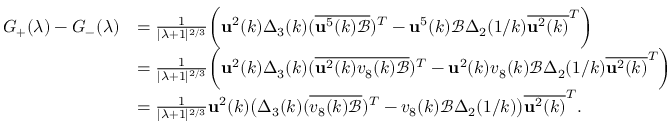
\begin{array} { r l } { G _ { + } ( \lambda ) - G _ { - } ( \lambda ) } & { = \frac { 1 } { | \lambda + 1 | ^ { 2 / 3 } } \bigg ( \mathbf { u } ^ { 2 } ( k ) \Delta _ { 3 } ( k ) ( \overline { { \mathbf { u } ^ { 5 } ( k ) \mathcal { B } } } ) ^ { T } - \mathbf { u } ^ { 5 } ( k ) \mathcal { B } \Delta _ { 2 } ( 1 / k ) \overline { { \mathbf { u } ^ { 2 } ( k ) } } ^ { T } \bigg ) } \\ & { = \frac { 1 } { | \lambda + 1 | ^ { 2 / 3 } } \bigg ( \mathbf { u } ^ { 2 } ( k ) \Delta _ { 3 } ( k ) ( \overline { { \mathbf { u } ^ { 2 } ( k ) v _ { 8 } ( k ) \mathcal { B } } } ) ^ { T } - \mathbf { u } ^ { 2 } ( k ) v _ { 8 } ( k ) \mathcal { B } \Delta _ { 2 } ( 1 / k ) \overline { { \mathbf { u } ^ { 2 } ( k ) } } ^ { T } \bigg ) } \\ & { = \frac { 1 } { | \lambda + 1 | ^ { 2 / 3 } } \mathbf { u } ^ { 2 } ( k ) \big ( \Delta _ { 3 } ( k ) ( \overline { { v _ { 8 } ( k ) \mathcal { B } } } ) ^ { T } - v _ { 8 } ( k ) \mathcal { B } \Delta _ { 2 } ( 1 / k ) \big ) \overline { { \mathbf { u } ^ { 2 } ( k ) } } ^ { T } . } \end{array}